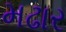
મઢાર